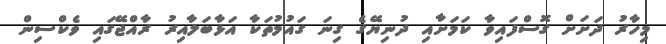
މިހާރު ދަށަށް ގޮސްފައިވާ ކަމަށާއި ދުނިޔޭގެ ގިނަ ގައުމުތަކާ އަޅާބަލާއިރު ރާއްޖޭގައި ވެކްސިން